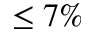
\leq 7 \%